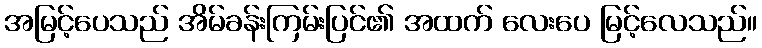
အမြင့်ပေသည် အိမ်ခန်းကြမ်းပြင်၏ အထက် လေးပေ မြင့်လေသည်။